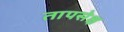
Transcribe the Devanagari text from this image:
तापसेक्ष